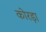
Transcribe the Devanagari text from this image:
कोरड़ा